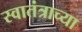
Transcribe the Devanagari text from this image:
स्वातंत्राच्या